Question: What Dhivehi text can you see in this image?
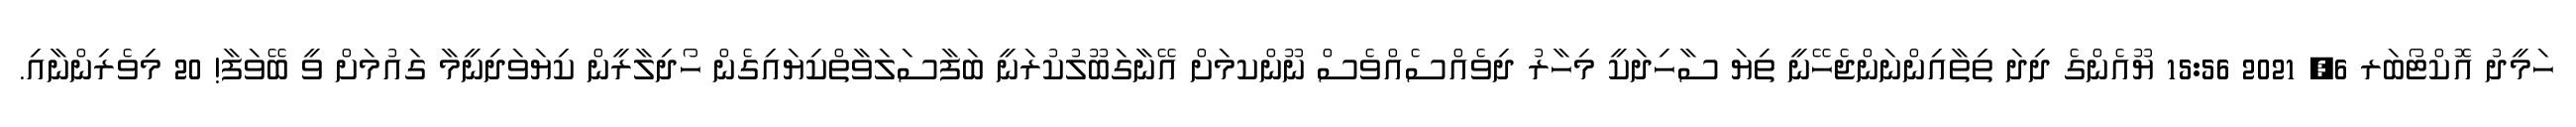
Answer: ހަމީދު އޮކްޓޯބަރ 6, 2021 15:56 ޔޫއެންގެ ދިދަ ތިތާއިންނަންޖެހޭނީ ތިޔަ ސާހިދަކީ މިހާރު ދިވެއްސެއްވެސް ނޫންކމަށް އޭނާގަބޫލުކުރަނީ ބަފާސަލަވާތްކިޔައިގެން ހޯދިލާރީން ކިޔަވަދިނީމާ ގައުމަށް ވީ ބޭވަފާ! 20 މިވެރިންނާއި.